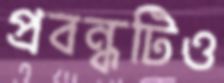
প্রবন্ধটিও